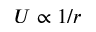
U \propto 1 / r